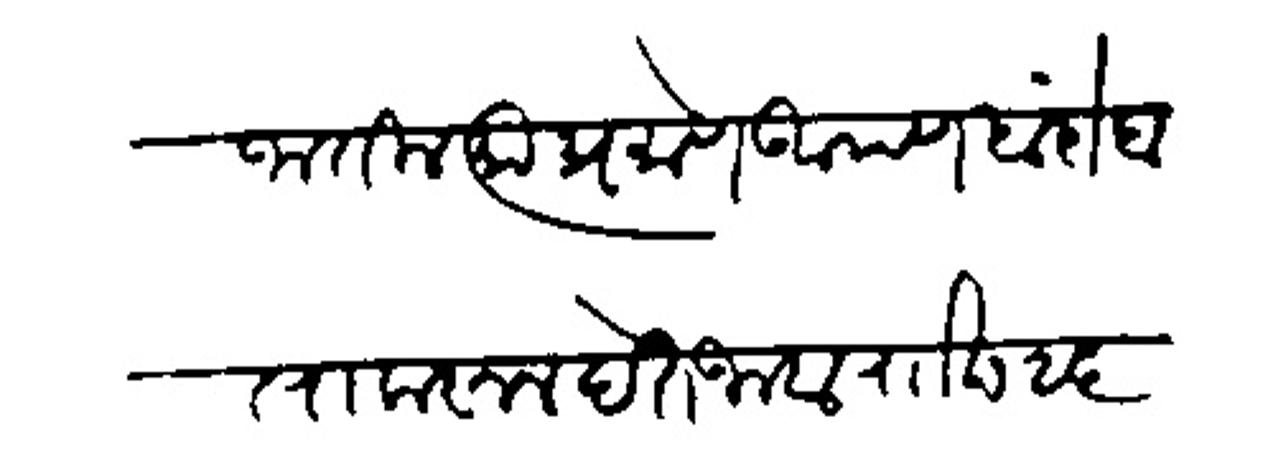
Transliteration (Devanagari): जातील त्याप्रमाणे आपण बंदोबस्त करून देत जावा राा छ २६